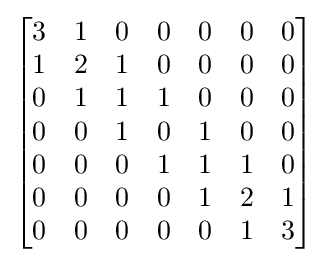
{\begin{bmatrix}3&1&0&0&0&0&0\\1&2&1&0&0&0&0\\0&1&1&1&0&0&0\\0&0&1&0&1&0&0\\0&0&0&1&1&1&0\\0&0&0&0&1&2&1\\0&0&0&0&0&1&3\\\end{bmatrix}}